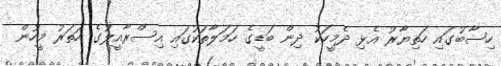
ހިސާބުގައި ހަތިޔާރު އެޅި ދެމީހަކު ދިން ބަޑީގެ ހަމަލާތަކުގައި އިސްރާއީލުގެ ހަތަރު މީހުން